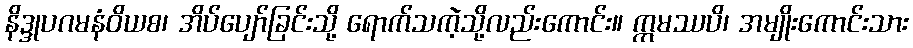
နိဒ္ဒုပဂမနံဝိယစ၊ အိပ်ပျော်ခြင်းသို့ ရောက်သကဲ့သို့လည်းကောင်း။ ဣမဿပိ၊ အမျိုးကောင်းသား